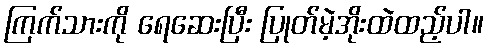
ကြက်သားကို ရေဆေးပြီး ပြုတ်မဲ့အိုးထဲထည့်ပါ။